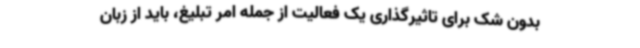
بدون شک برای تاثیرگذاری یک فعالیت از جمله امر تبلیغ، باید از زبان